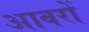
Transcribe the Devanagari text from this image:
आवरों